Code of medical and sanitary regulations for the guidance of medical officers serving in the Madras Presidency - Volume II
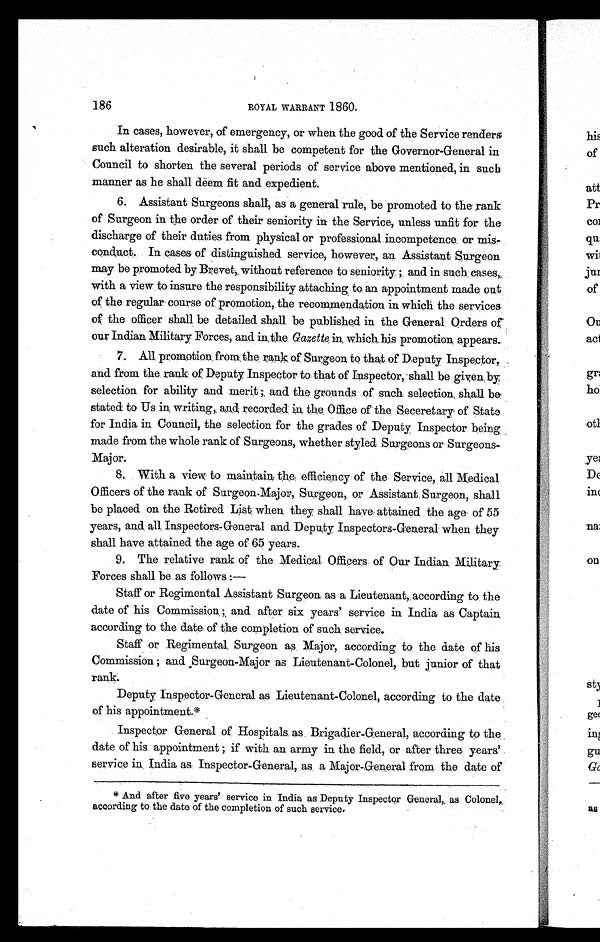
ROYAL WARRANT 1860.
In cases, however, of emergency, or when the good of the Service renders
such alteration desirable, it shall be competent for the Governor-General in
Council to shorten the several periods of service above mentioned, in such
manner as he shall deem fit and expedient.
6. Assistant Surgeons shall, as a general rule, be promoted to the rank
of Surgeon in the order of their seniority in the Service, unless unfit for the
discharge of their duties from physical or professional incompetence or mis
-conduct. In cases of distinguished service, however, an Assistant Surgeon
may be promoted by Brevet, without reference to seniority.; and in such. cases,
with a view to insure the responsibility attaching to an appointment made out
of the regular course of promotion, the recommendation in which the services
of the officer shall be detailed shall be published in the General . Orders of
our Indian Military Forces, and in, the Gazette in, which. his promotion appears..
7. All promotion from. the rank of Surgeon to that of Deputy Inspector,.
and from the rank of Deputy Inspector to that of Inspector, shall be given by
selection for ability and merit and the grounds of such selection, shall be,
stated to Us in, writing, and recorded in the Office of the Seceretary of State
for India in Council, the selection for the grades of Deputy Inspector being
made from the whole rank of Surgeons, whether styled Surgeons or Surgeons-
Major.
8. With a view to maintain the efficiency of the Service, all Medical
Officers of the rank of Surgeon.Major, Surgeon, or Assistant Surgeon, shall
be placed on the Retired List, when they shall have attained the age of 55
years, and all. Inspectors-General and Deputy Inspectors-General when they
shall have attained the age of 65 years.
9. The relative rank of the Medical Officers. of Our Indian . Military
Forces shall be as follows:—
Staff or Regimental Assistant Surgeon. as a Lieutenant, according to the
date of his Commission; and after six years' service in India. as Captain
according to the date of the completion of such service.
Staff or Regimental. Surgeon as Major, according, to the date of his
Commission; and Surgeon-Major as Lieutenant-Colonel, but junior of that
rank.
Deputy Inspector-General as Lieutenant-Colonel, according to the date
of his appointment.*
Inspector General of Hospitals. as Brigadier-General, according to the
date of his appointment; if with an army in the field, or after three. years'
service in India as Inspector-General, as a Major-General from the date of
And after five years' service in India as Deputy Inspector General, as Colonel,
according to the date of the completion of such service.
186